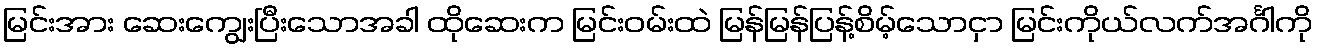
မြင်းအား ဆေးကျွေးပြီးသောအခါ ထိုဆေးက မြင်းဝမ်းထဲ မြန်မြန်ပြန့်စိမ့်သောငှာ မြင်းကိုယ်လက်အင်္ဂါကို